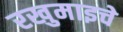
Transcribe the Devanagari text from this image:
रखुमाइचे